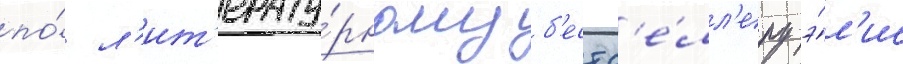
по́ л'ит'ерату́рному б'естс'е́лл'еру э́л'ис